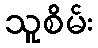
သူစိမ်း